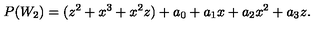
P ( W _ { 2 } ) = ( z ^ { 2 } + x ^ { 3 } + x ^ { 2 } z ) + a _ { 0 } + a _ { 1 } x + a _ { 2 } x ^ { 2 } + a _ { 3 } z .